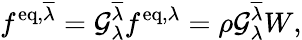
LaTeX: f^{\mathrm{eq},\overline{{\lambda}}}=\mathcal{G}_{\lambda}^{\overline{{\lambda}}}f^{\mathrm{eq},{\lambda}}=\rho\mathcal{G}_{\lambda}^{\overline{{\lambda}}}W,